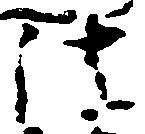
法